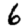
Digit: 6